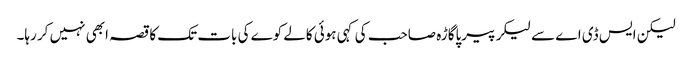
لیکن ایس ڈی اے سے لیکر پیرپاگاڑہ صاحب کی کہی ہوئی کالے کوے کی بات تک کا قصہ ابھی نہیں کر رہا۔